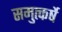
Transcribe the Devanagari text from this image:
समुत्कर्षे